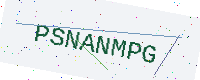
Text: PSNANMPG